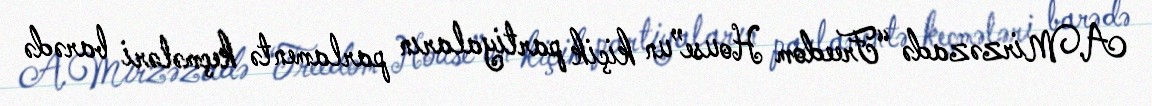
A.Mirzəzadə “Freedom House”un kiçik partiyaların parlamentə keçmələri barədə